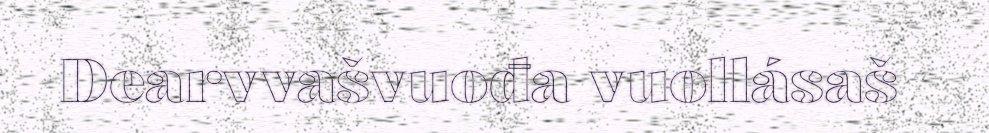
Dearvvašvuođa vuollásaš